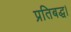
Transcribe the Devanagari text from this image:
प्रतिबद्ध।